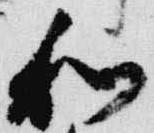
和